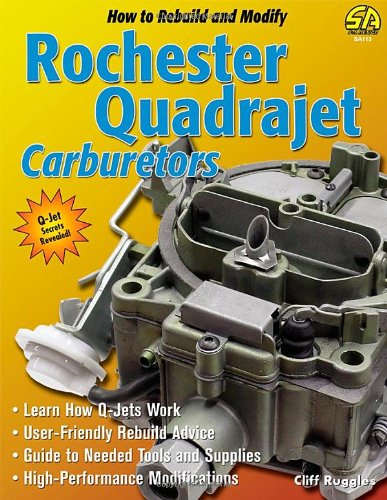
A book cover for How to Rebuild & Modify Rochester Quadrajet Carburetors (S-a Design); Cliff Ruggles; Engineering & Transportation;